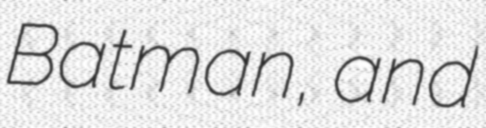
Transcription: Batman, and